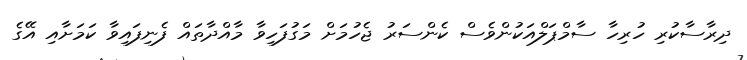
ދިރާސާކުރި ހުރިހާ ސާމްޕަލްއަކުންވެސް ކެންސަރު ޖެހުމަށް މަގުފަހިވާ މާއްދާތައް ފެނިފައިވާ ކަމަށާއި އޭގެ